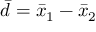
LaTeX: { \bar { d } } = { \bar { x } } _ { 1 } - { \bar { x } } _ { 2 }